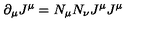
\partial _ { \mu } J ^ { \mu } = N _ { \mu } N _ { \nu } J ^ { \mu } J ^ { \mu }